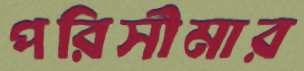
পরিসীমার